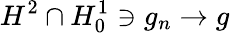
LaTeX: H^{2}\cap H_{0}^{1}\ni g_{n}\to g